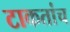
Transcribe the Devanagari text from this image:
टाकतांच